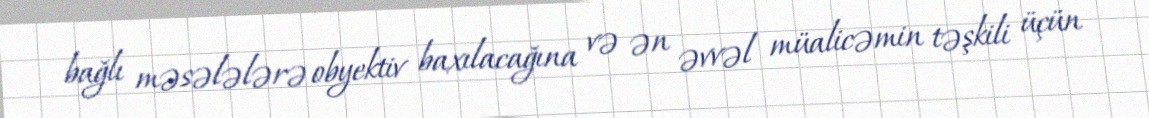
bağlı məsələlərə obyektiv baxılacağına və ən əvvəl müalicəmin təşkili üçün